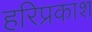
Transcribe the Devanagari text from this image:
हरिप्रकाश